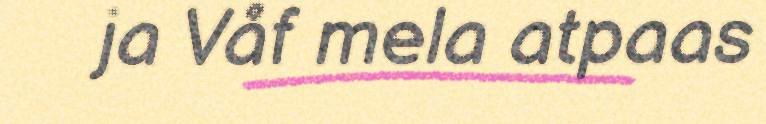
ja Våf mela atpaas